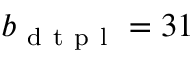
b _ { \mathrm { ~ d ~ t ~ p ~ l ~ } } = 3 1